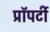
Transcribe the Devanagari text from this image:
प्राॅपर्टी